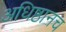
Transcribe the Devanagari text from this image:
अधिष्ठानच